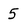
Character: 5